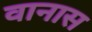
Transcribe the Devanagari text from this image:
वानास